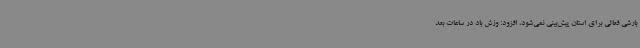
بارشی فعالی برای استان پیش‌بینی نمی‌شود، افزود: وزش باد در ساعات بعد